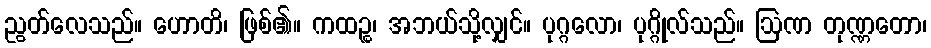
ညွတ်လေသည်။ ဟောတိ၊ ဖြစ်၏။ ကထဉ္စ၊ အဘယ်သို့လျှင်။ ပုဂ္ဂလော၊ ပုဂ္ဂိုလ်သည်။ ဩဏ တုဏ္ဏတော၊